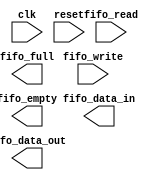
module fifo_ctrl_unit (
    input wire clk,
    input wire reset,
    input wire fifo_read,
    input wire fifo_write,
    output reg fifo_empty,
    output reg fifo_full,
    output reg fifo_data_in,
    output reg fifo_data_out
);

// Control unit logic here

endmodule